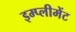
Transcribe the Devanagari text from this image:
इम्प्लीमेंट